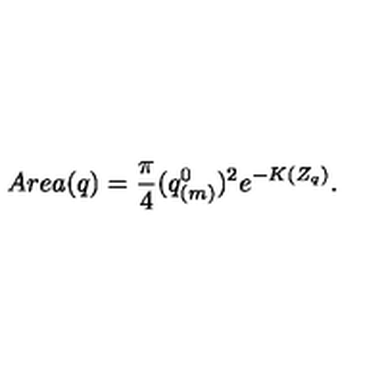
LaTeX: A r e a ( q ) = { \frac { \pi } { 4 } } ( q _ { ( m ) } ^ { 0 } ) ^ { 2 } e ^ { - K ( Z _ { q } ) } .